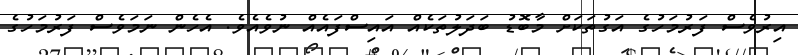
އިރުވެސް ފަރުމަހުގެ އަގުތަކަށް މާބޮޑު ބަދަލުތަކެއް އައިސްފައެއް ނުވެއެވެ. އެހެން ނަމަވެސް ފަރުމަހުގެ